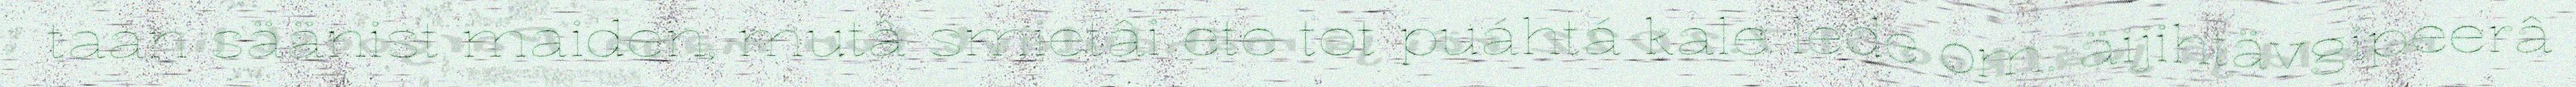
taan säänist maiden, mutâ smietâi ete tot puáhtá kale leđe om. äijihtävgipeerâ